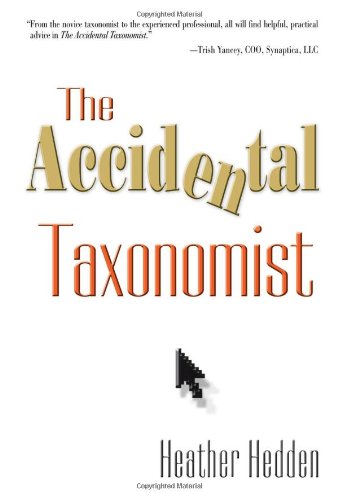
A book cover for The Accidental Taxonomist; Heather Hedden; Politics & Social Sciences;